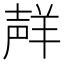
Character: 𮊩